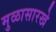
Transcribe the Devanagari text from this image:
मुळासारखे